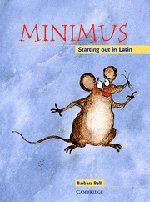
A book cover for Minimus Pupil's Book: Starting out in Latin; Barbara Bell; Reference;